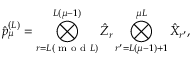
\hat { p } _ { \mu } ^ { ( L ) } = \bigotimes _ { r = L ( \textrm { m o d } L ) } ^ { L ( \mu - 1 ) } \hat { Z } _ { r } \bigotimes _ { r ^ { \prime } = L ( \mu - 1 ) + 1 } ^ { \mu L } \hat { X } _ { r ^ { \prime } } ,